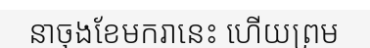
នាចុងខែមករានេះ ហើយព្រម